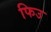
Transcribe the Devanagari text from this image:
फिउ